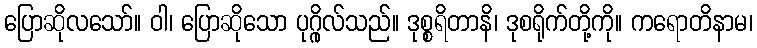
ပြောဆိုလသော်။ ဝါ၊ ပြောဆိုသော ပုဂ္ဂိုလ်သည်။ ဒုစ္စရိတာနိ၊ ဒုစရိုက်တို့ကို။ ကရောတိနာမ၊